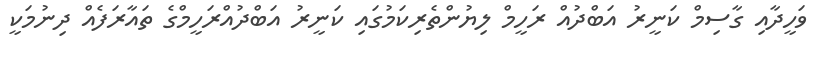
ވަހީދާއި ގާސިމް ކަނީރު އަބްދުއް ރަހީމް ލިޔުންތެރިކަމުގައި ކަނީރު އަބްދުއްރަހީމްގެ ތައާރަފެއް ދިނުމަކީ